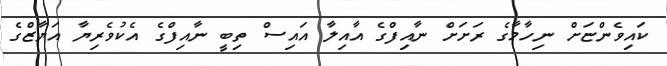
ކައިވެންޏަށް ނިހާމާގެ ރަށަށް ނާއިފްގެ އާއިލާ އައިސް ތިބީ ނާއިފްގެ އެކުވެރިޔާ އަޔާޒްގެ